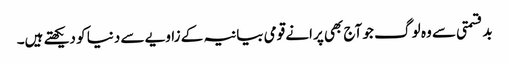
بدقسمتی سے وہ لو گ جو آج بھی پرانے قومی بیانیہ کے زاویے سے دنیا کو دیکھتے ہیں۔